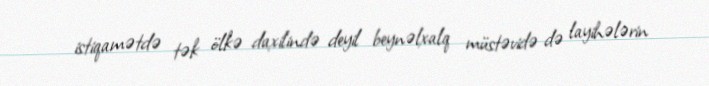
istiqamətdə tək ölkə daxilində deyil beynəlxalq müstəvidə də layihələrin